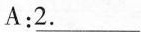
A:\underline{2.}___